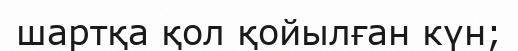
шартқа қол қойылған күн;